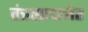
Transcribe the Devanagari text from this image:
तंत्रसाधनेत